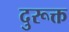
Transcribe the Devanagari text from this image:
दुरूक्त